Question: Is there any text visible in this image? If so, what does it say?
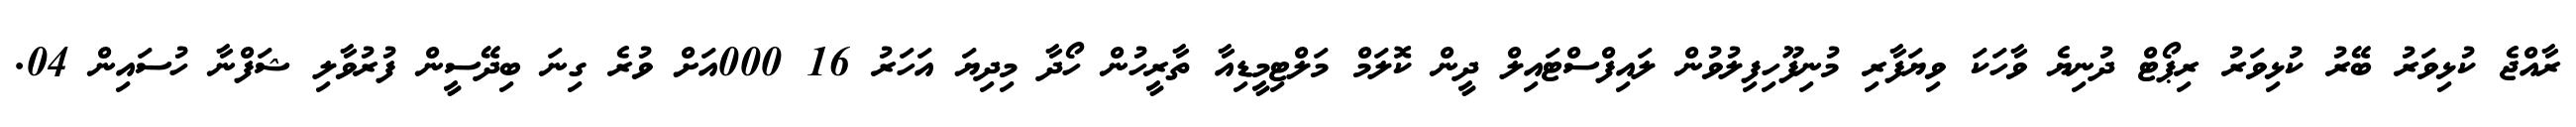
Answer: ރާއްޖެ ކުޅިވަރު ބޭރު ކުޅިވަރު ރިޕޯޓް ދުނިޔެ ވާހަކަ ވިޔަފާރި މުނިފޫހިފިލުވުން ލައިފްސްޓައިލް ދީން ކޮލަމް މަލްޓިމީޑިއާ ތާރީހުން ހޯދާ މިދިޔަ އަހަރު 16 000އަށް ވުރެ ގިނަ ބިދޭސީން ފުރުވާލި ޝަފްނާ ހުސައިން 04.